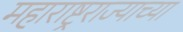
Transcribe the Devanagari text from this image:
महाराष्ट्रराज्याच्या